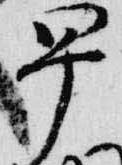
早